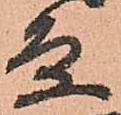
条